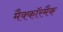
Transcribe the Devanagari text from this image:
मैक्कॉरमैक